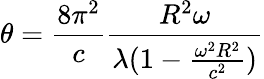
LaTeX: \theta=\frac{8\pi^{2}}{c}\frac{R^{2}\omega}{\lambda(1-\frac{\omega^{2}R^{2}}{c^{2}})}